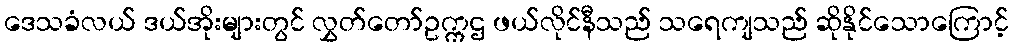
ဒေသခံလယ် ဒယ်အိုးများတွင် လွှတ်တော်ဥက္ကဌ ဖယ်လိုင်နီသည် သရေကျသည် ဆိုနိုင်သောကြောင့်